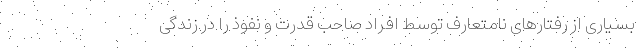
بسیاری از رفتارهای نامتعارف توسط افراد صاحب قدرت و نفوذ را در زندگی